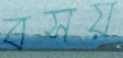
বসয়